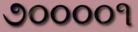
૭૦૦૦૦૧